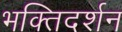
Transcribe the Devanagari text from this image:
भक्तिदर्शन